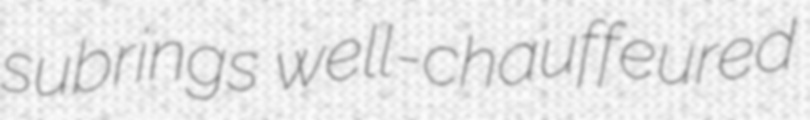
subrings well-chauffeured